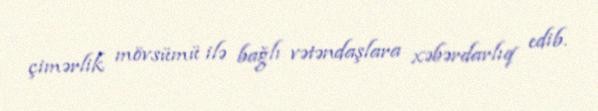
çimərlik mövsümü ilə bağlı vətəndaşlara xəbərdarlıq edib.